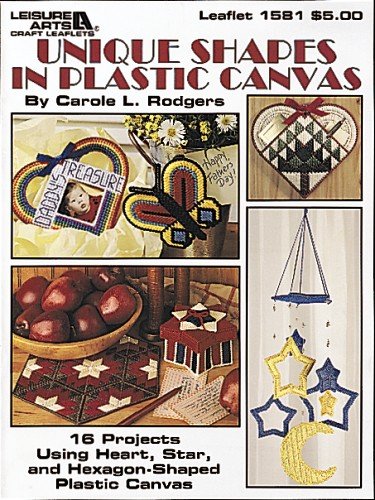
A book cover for Unique Shapes In Plastic Canvas  (Leisure Arts #1581) (Leisure Arts Craft Leaflets); Carole Rodgers; Crafts, Hobbies & Home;